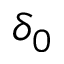
\delta _ { 0 }